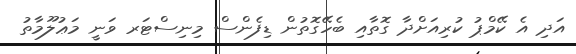
އަދި އެ ކޭމްޕު ކުރިއަށްދާ ގޮތާއި ބެހޭގޮތުން ޑިފެންސް މިނިސްޓަރ ވަނީ މަޢުލޫމާތު